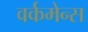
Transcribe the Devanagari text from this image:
वर्कमेन्स